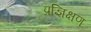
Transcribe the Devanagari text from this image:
प्रज्ञिक्षण